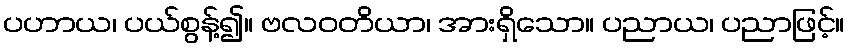
ပဟာယ၊ ပယ်စွန့်၍။ ဗလဝတိယာ၊ အားရှိသော။ ပညာယ၊ ပညာဖြင့်။